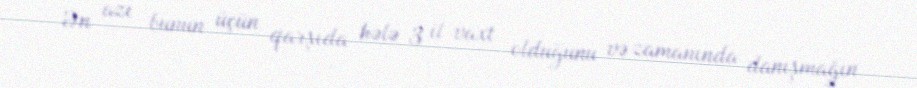
Ən azı bunun üçün qarşıda hələ 3 il vaxt olduğunu və zamanında danışmağın